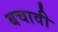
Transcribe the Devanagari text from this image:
बचावी